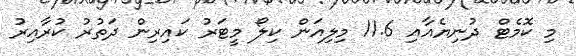
މި ކޮމެޓް ދުނިޔެއާއި 11.6 މިލިއަން ކިލޯ މީޓަރު ކައިރިން ދަތުރު ކުރާއިރު